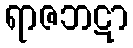
ရာဇဘဋာ